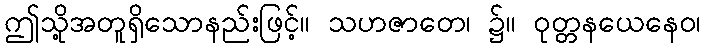
ဤသို့အတူရှိသောနည်းဖြင့်။ သဟဇာတေ၊ ၌။ ဝုတ္တနယေနေဝ၊